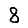
Digit: 8